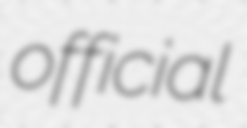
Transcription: official